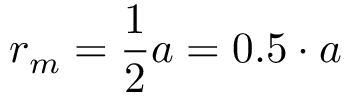
r _ { m } = { \frac { 1 } { 2 } } a = 0 . 5 \cdot a